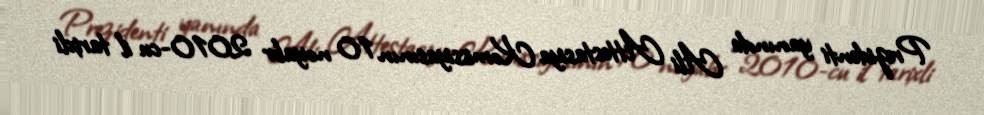
Prezidenti yanında Ali Attestasiya Komissiyasının 10 noyabr 2010-cu il tarixli